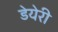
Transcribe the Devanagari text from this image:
डेयेरी